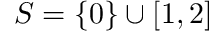
S = \{ 0 \} \cup [ 1 , 2 ]